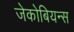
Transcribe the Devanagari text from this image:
जेकोबियन्स